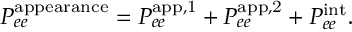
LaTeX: P _ { e e } ^ { \mathrm { a p p e a r a n c e } } = P _ { e e } ^ { \mathrm { a p p , 1 } } + P _ { e e } ^ { \mathrm { a p p , 2 } } + P _ { e e } ^ { \mathrm { i n t } } .